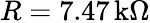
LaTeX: R=7.47\, \textrm{k}\Omega